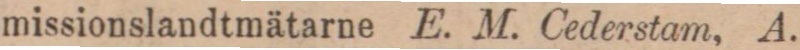
missionslandtmätarne E. M. Cederstam, A.